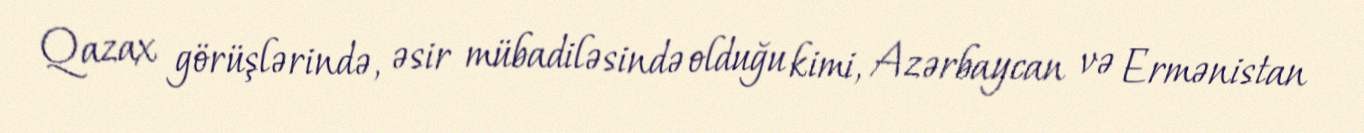
Qazax görüşlərində, əsir mübadiləsində olduğu kimi, Azərbaycan və Ermənistan